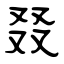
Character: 叕